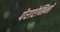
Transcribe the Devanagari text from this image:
पेराऐमिनो